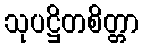
သုပဋ္ဌိတစိတ္တာ